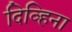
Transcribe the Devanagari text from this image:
दिव्हिना